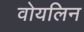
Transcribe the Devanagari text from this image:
वोयलिन